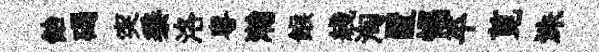
飴碣突黍洛粤瀚餱綫淘置惕平莧洙